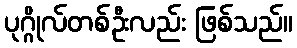
ပုဂ္ဂိုလ်တစ်ဦးလည်း ဖြစ်သည်။